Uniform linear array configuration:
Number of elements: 24
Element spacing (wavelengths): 0.75
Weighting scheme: exponential
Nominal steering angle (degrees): -45
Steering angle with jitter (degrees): -46.096
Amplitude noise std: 0.05
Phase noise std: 0.05

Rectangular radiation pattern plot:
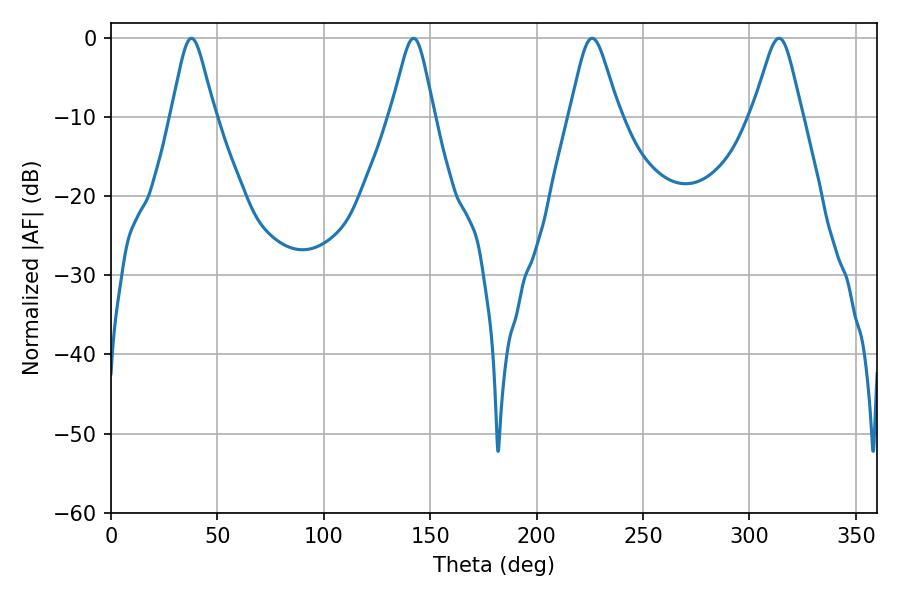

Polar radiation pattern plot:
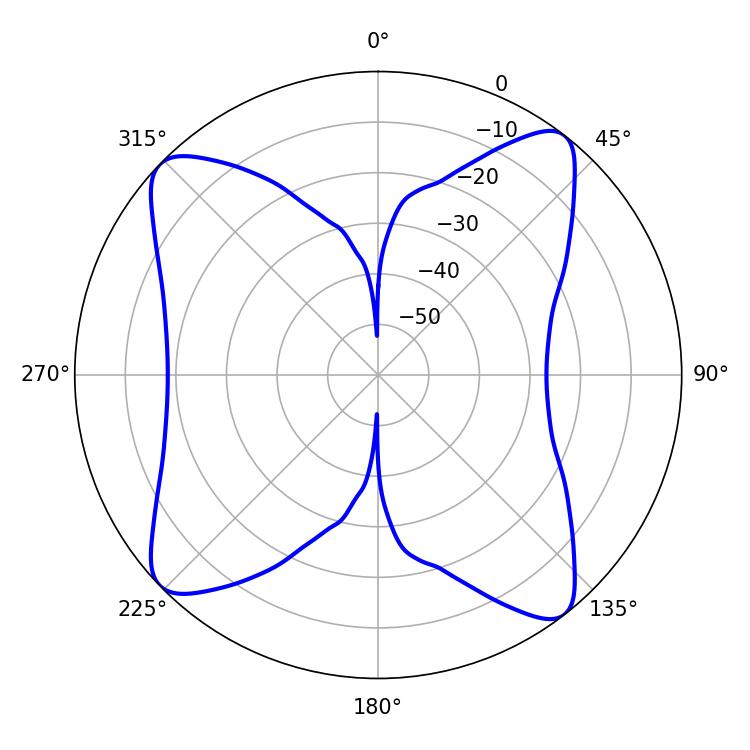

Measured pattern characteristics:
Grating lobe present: TRUE
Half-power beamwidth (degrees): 11.16
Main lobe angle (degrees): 226.08